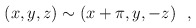
\begin{align*}(x,y,z) \sim (x+\pi,y,-z)\ \ ,\end{align*}